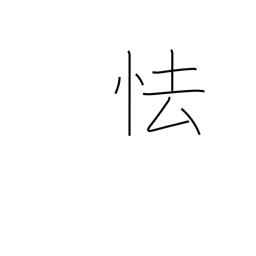
Meaning: wince